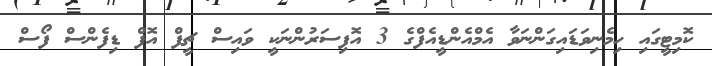
ކޮމިޓީގައި ހިމެނިވަޑައިގަންނަވާ އެމްއެންޑީއެފްގެ 3 އޮފިސަރުންނަކީ ވައިސް ޗީފް އޮފް ޑިފެންސް ފޯސް